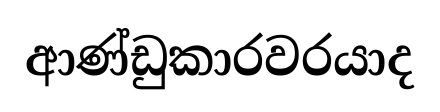
ආණ්ඩුකාරවරයාද